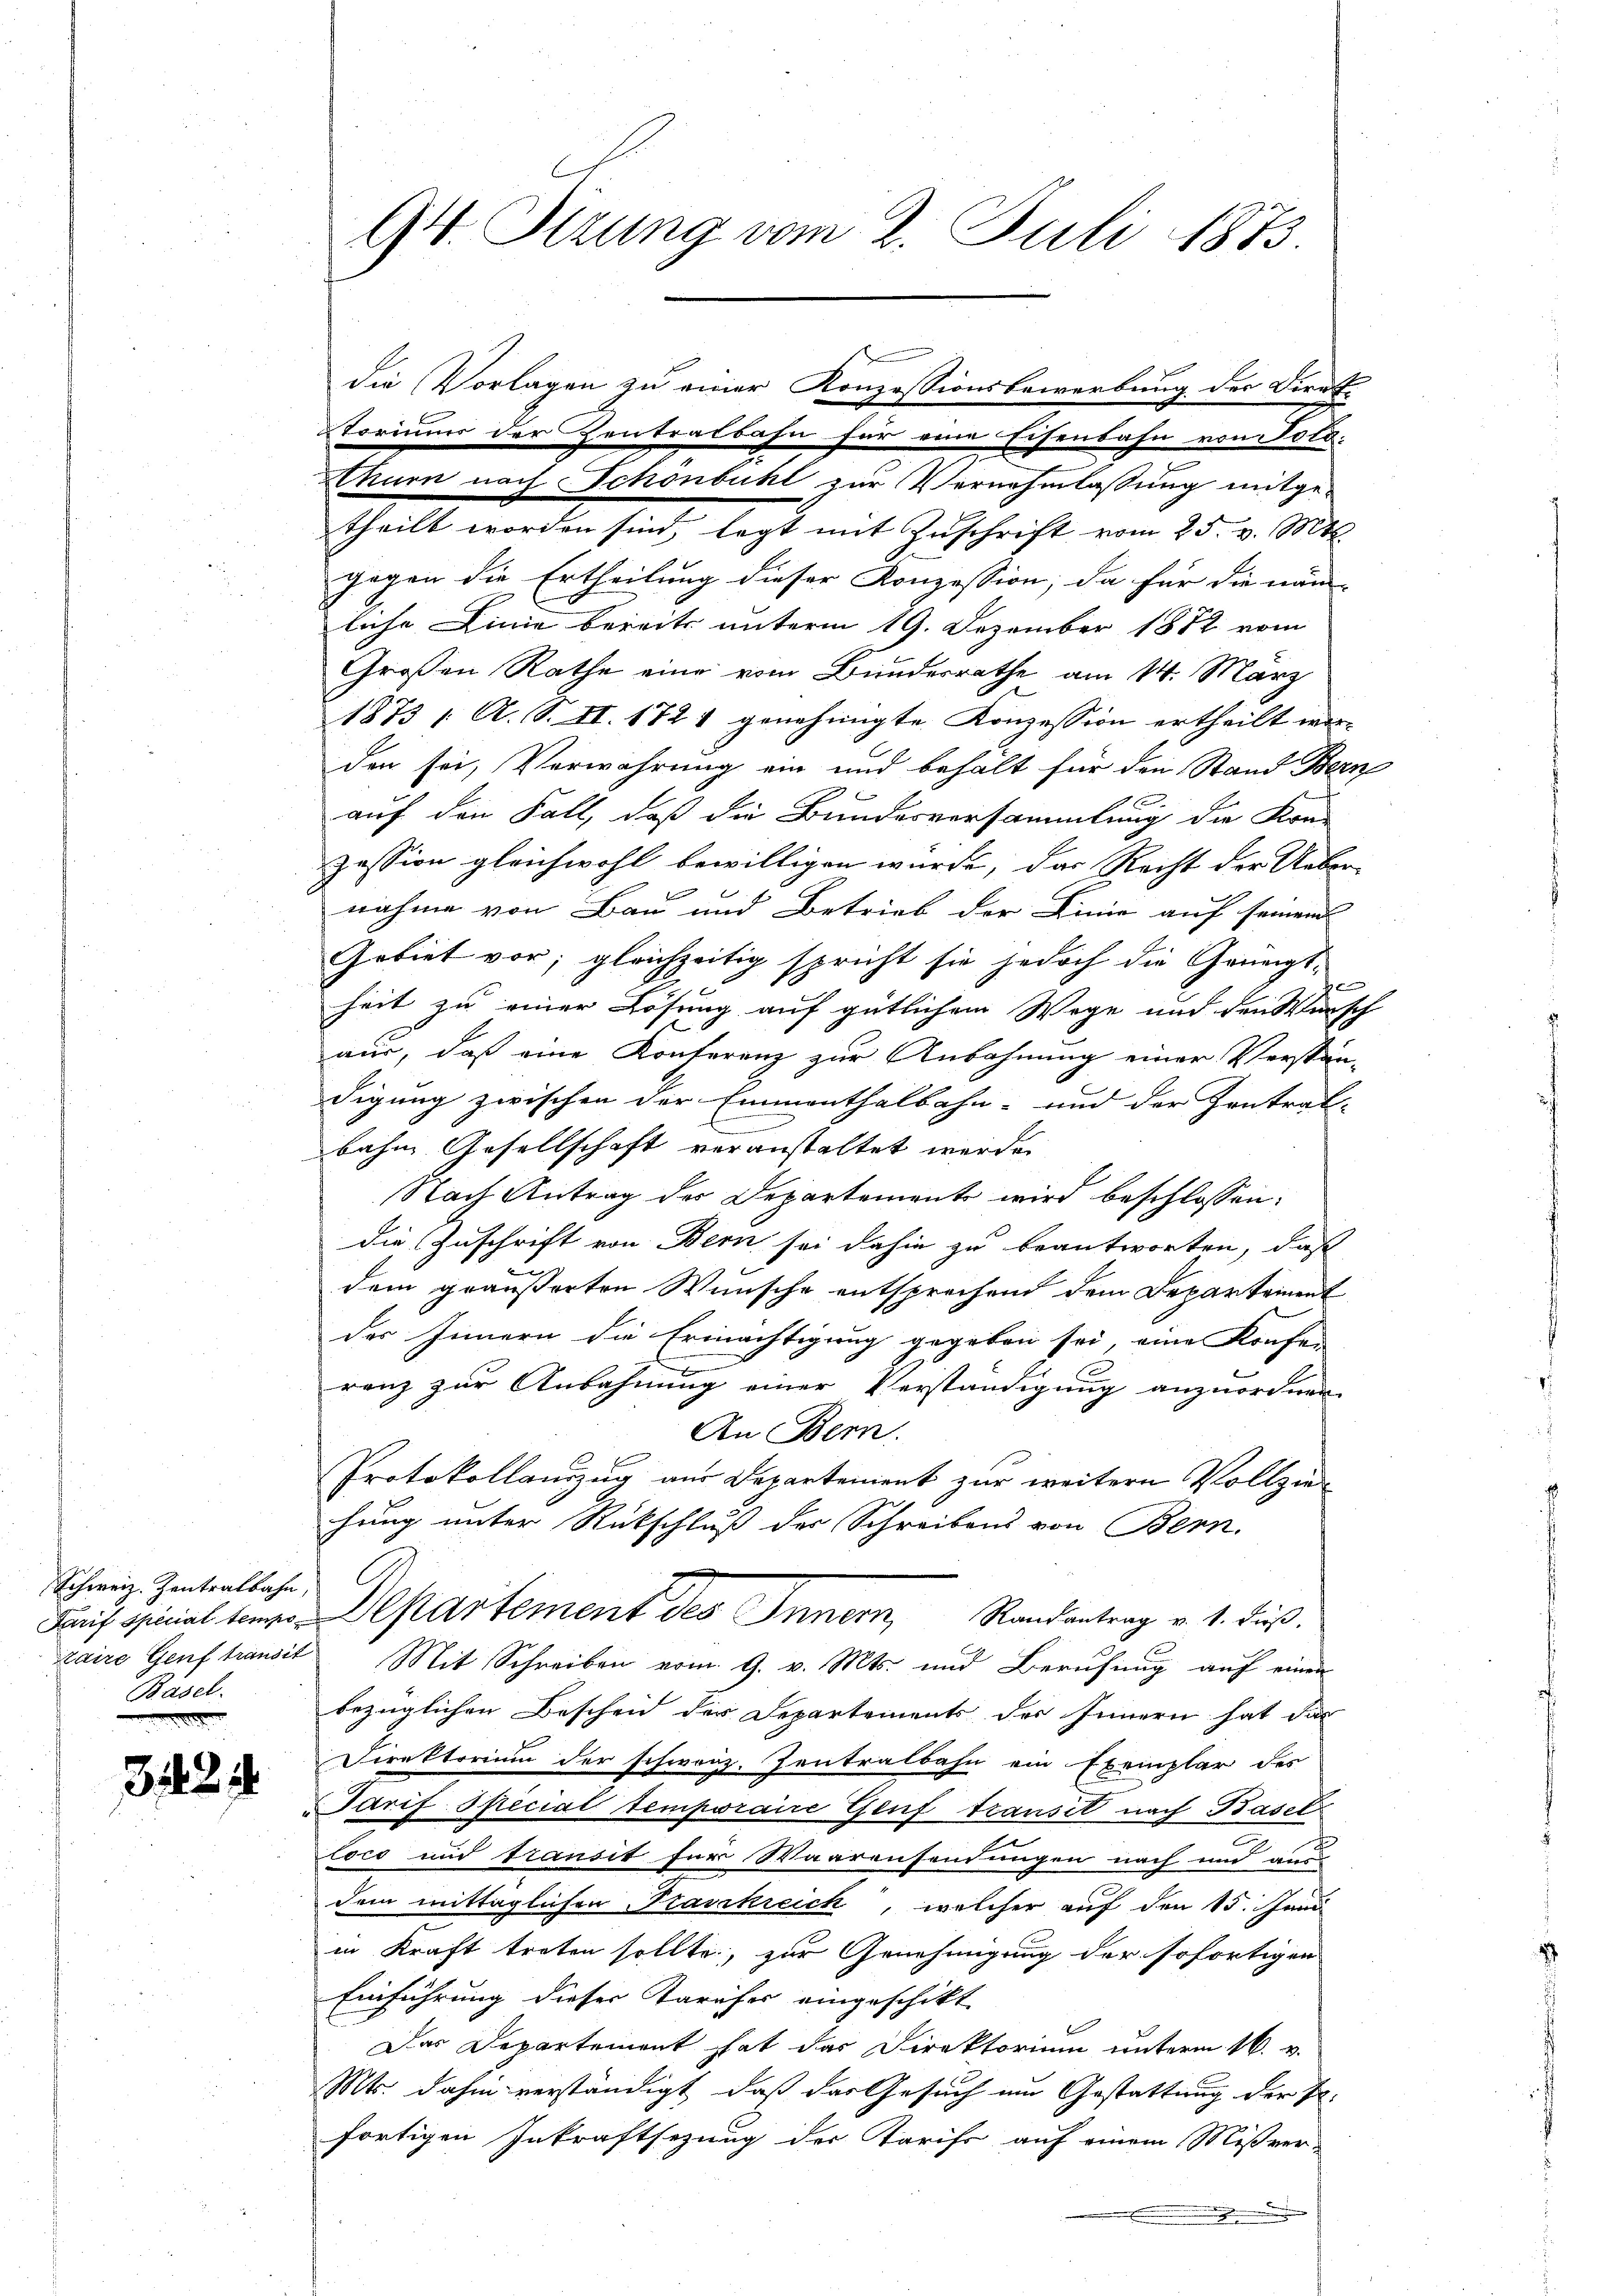
Schweiz. Zentralbahn,
Laire Genf transit
Basel.

31424

94. Stzung vom 2. Juli 1873

die Vorlagen zu einer Konzessionsbewerbung der Direk-
torium der Zentralbahn für eine Eisenbahn von Told.

Thurn nach Schönbühl zur Vernehmlassung mitge-
theilt worden sind, legt mit Zuschrift vom 25. v. Mts.
gegen die Ertheilung dieser Konzession; da für die näm-
lache Linie bereits unterm 19. Dezember 1882 vom
Großen Rathe eine vom Bundesrathe am 14. März
1873 / A. S. II. 1721 genehmigte Konzession ertheilt wer- |
den sei, Verwahrung ein und behalt für den Stand Bern
auf den Fall, daß die Bundesversammlung die Kon
zession gleichwohl bewilligen würde, das Recht der Ueber-
nahme von Bau und Betrieb der Linie auf seinem
Gebiet vor, gleichzeitig spricht sie jedoch die Geneigte
heit zu einer Lösung auf gütlichem Wege und den Wunsch
aus, daß eine Konferenz zur Anbahnung einer Verstän-
digung zwischen der Emmenthalbahn- und der Zentral-
bahn Gesellschaft veranstaltet werde.
Nach Antrag des Departement wird beschlossen:
die Zuschrift von Bern sei dahin zu beantworten, daß
dem geäußerten Wünsche entsprechend dem Departement
des Innern die Ermächtigung gegeben sei, eine Konfer
x
ranz zur Anbahnung einer Verständigung anzuordnen.
An Bern.
Protokollanzug aus Departement zur weitern Vollziehung unter Rückschluß der Schreibens von Bern,
Paris opinial der Departement des Innern, Rankentrag v. 1. Fuß.
Mit Schreiben vom 9. v. Mts. und Berufung auf einen
bezüglichen Bescheid der Departements des Innern hat das
Direktorium der schweiz. Zentralbahn ein Exemplar des
Tarif Special temporaire Genf transit nach Basel
loco und transit für Waarensendungen nach und au
dem mittäglichen Franckreich, welcher auf den 15. Janu
in Kraft treten sollte, zur Genehmigung der sofortigen
Einführung dieser Tarifer eingeschikt
Das Departemont hat das Direktorium unterm 16. v.
Mts. dahin verständigt, daß das Gesuch um Gestattung der Er-
fortigen Inkraftsezung der Tarifs auf einem Mißver-
.